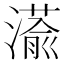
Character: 𮳘